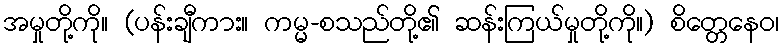
အမှုတို့ကို။ (ပန်းချီကား။ ကမ္မ-စသည်တို့၏ ဆန်းကြယ်မှုတို့ကို။) စိတ္တေနေဝ၊